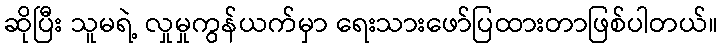
ဆိုပြီး သူမရဲ့ လှုမှုကွန်ယက်မှာ ရေးသားဖော်ပြထားတာဖြစ်ပါတယ်။